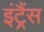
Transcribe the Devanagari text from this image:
इंट्रैंस